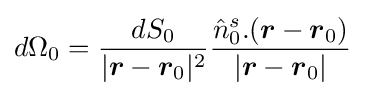
d\Omega _{0}={\frac {dS_{0}}{|{\boldsymbol {r}}-{\boldsymbol {r}}_{0}|^{2}}}{\frac {{\hat {n}}_{0}^{s}.({\boldsymbol {r}}-{\boldsymbol {r}}_{0})}{|{\boldsymbol {r}}-{\boldsymbol {r}}_{0}|}}